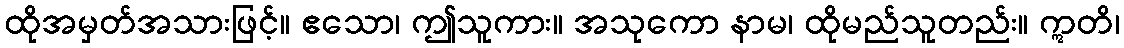
ထိုအမှတ်အသားဖြင့်။ ဧသော၊ ဤသူကား။ အသုကော နာမ၊ ထိုမည်သူတည်း။ ဣတိ၊